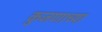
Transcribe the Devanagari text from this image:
कुजणाच्या